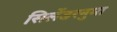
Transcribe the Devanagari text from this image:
सिलेंडरनुमा